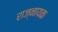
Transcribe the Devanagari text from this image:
राज्नायक